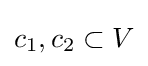
c_{1},c_{2}\subset V